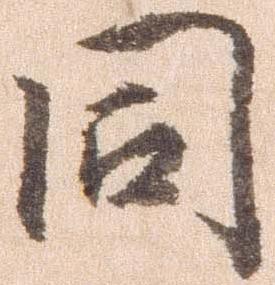
同